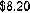
$8.20